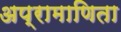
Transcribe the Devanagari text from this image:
अप्रामाणिता